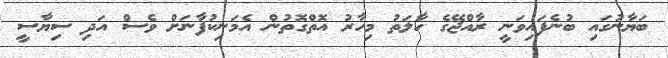
ބަޔާނުގައި ބުނެފައިވަނީ ރާއްޖޭގެ ހާލަތު މިހާރު އޮތްގޮތުން އެމަނިކުފާނަށް ވެސް އަދި ސިޔާސީ